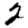
Digit: 2